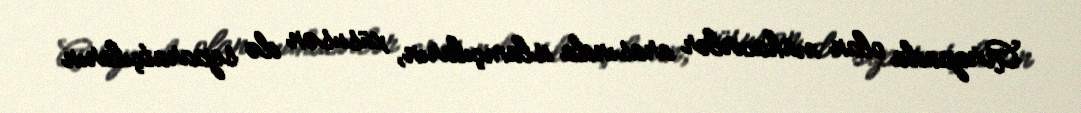
Avropada olan mühacirlər arasında islamçıların, xüsusən də separatçıların